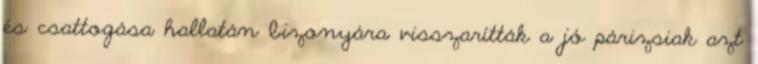
és csattogása hallatán bizonyára visszarítták a jó párizsiak azt